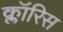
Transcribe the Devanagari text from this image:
क्लॉरिस